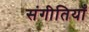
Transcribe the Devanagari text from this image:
संगीतियाँ